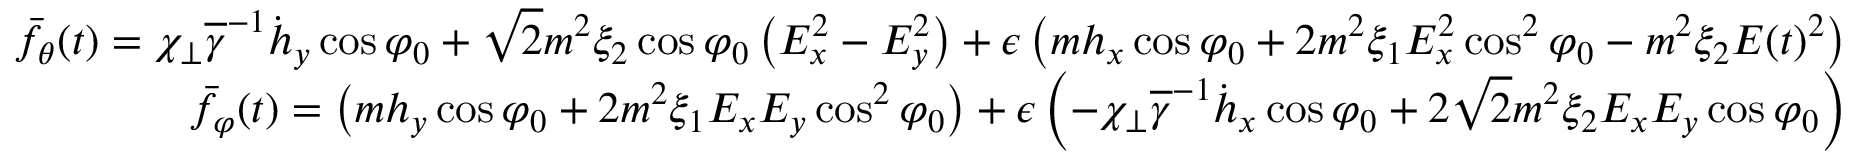
\begin{array} { r } { \bar { f } _ { \theta } ( t ) = \chi _ { \perp } \overline { \gamma } ^ { - 1 } \dot { h } _ { y } \cos \varphi _ { 0 } + \sqrt { 2 } m ^ { 2 } \xi _ { 2 } \cos \varphi _ { 0 } \left( E _ { x } ^ { 2 } - E _ { y } ^ { 2 } \right) + \epsilon \left( m h _ { x } \cos \varphi _ { 0 } + 2 m ^ { 2 } \xi _ { 1 } E _ { x } ^ { 2 } \cos ^ { 2 } \varphi _ { 0 } - m ^ { 2 } \xi _ { 2 } E ( t ) ^ { 2 } \right) } \\ { \bar { f } _ { \varphi } ( t ) = \left( m h _ { y } \cos \varphi _ { 0 } + 2 m ^ { 2 } \xi _ { 1 } E _ { x } E _ { y } \cos ^ { 2 } \varphi _ { 0 } \right) + \epsilon \left( - \chi _ { \perp } \overline { \gamma } ^ { - 1 } \dot { h } _ { x } \cos \varphi _ { 0 } + 2 \sqrt { 2 } m ^ { 2 } \xi _ { 2 } E _ { x } E _ { y } \cos \varphi _ { 0 } \right) } \end{array}